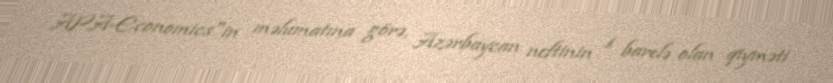
APA-Economics"in məlumatına görə, Azərbaycan neftinin 1 barelə olan qiyməti